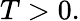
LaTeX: T>0.